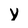
Character: Y